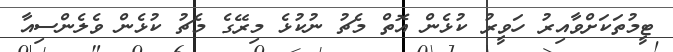
ޓީމުތަކަށްވާއިރު ހަވީރު ކުޅެން އޮތް މެޗު ނުކުޅެ މިރޭގެ މެޗު ކުޅެން ވެލެންސިއާ